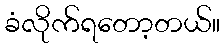
ခံလိုက်ရတော့တယ်။